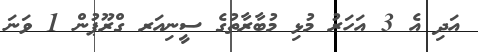
އަދި އެ 3 އަހަރު މުޅި މުބާރާތުގެ ސީނިއަރ ގްރޫޕުން 1 ވަނަ